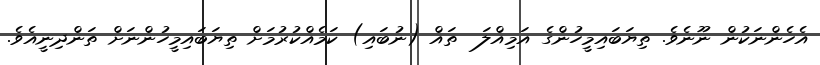
އެހެންނަކުން ނޫނެވެ. ތިޔަބައިމީހުންގެ އަމިއްލަ  ތައް (ނުބައި) ކަމެއްކުރުމަށް ތިޔަބައިމީހުންނަށް ތަންދިނީއެވެ.